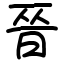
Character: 𫞄